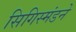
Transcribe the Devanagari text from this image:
सिगिस्मंडने